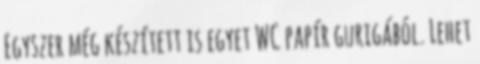
Egyszer még készített is egyet WC papír gurigából. Lehet